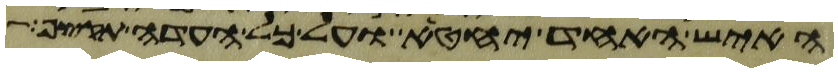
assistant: האיש האחד יחטא ועל כל העדה תקצף